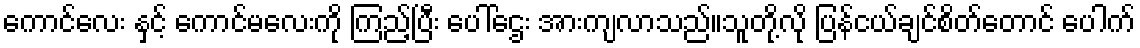
ကောင်လေး နှင့် ကောင်မလေးကို ကြည့်ပြီး ပေါ်ဌေး အားကျလာသည်။သူတို့လို ပြန်ငယ်ချင်စိတ်တောင် ပေါက်